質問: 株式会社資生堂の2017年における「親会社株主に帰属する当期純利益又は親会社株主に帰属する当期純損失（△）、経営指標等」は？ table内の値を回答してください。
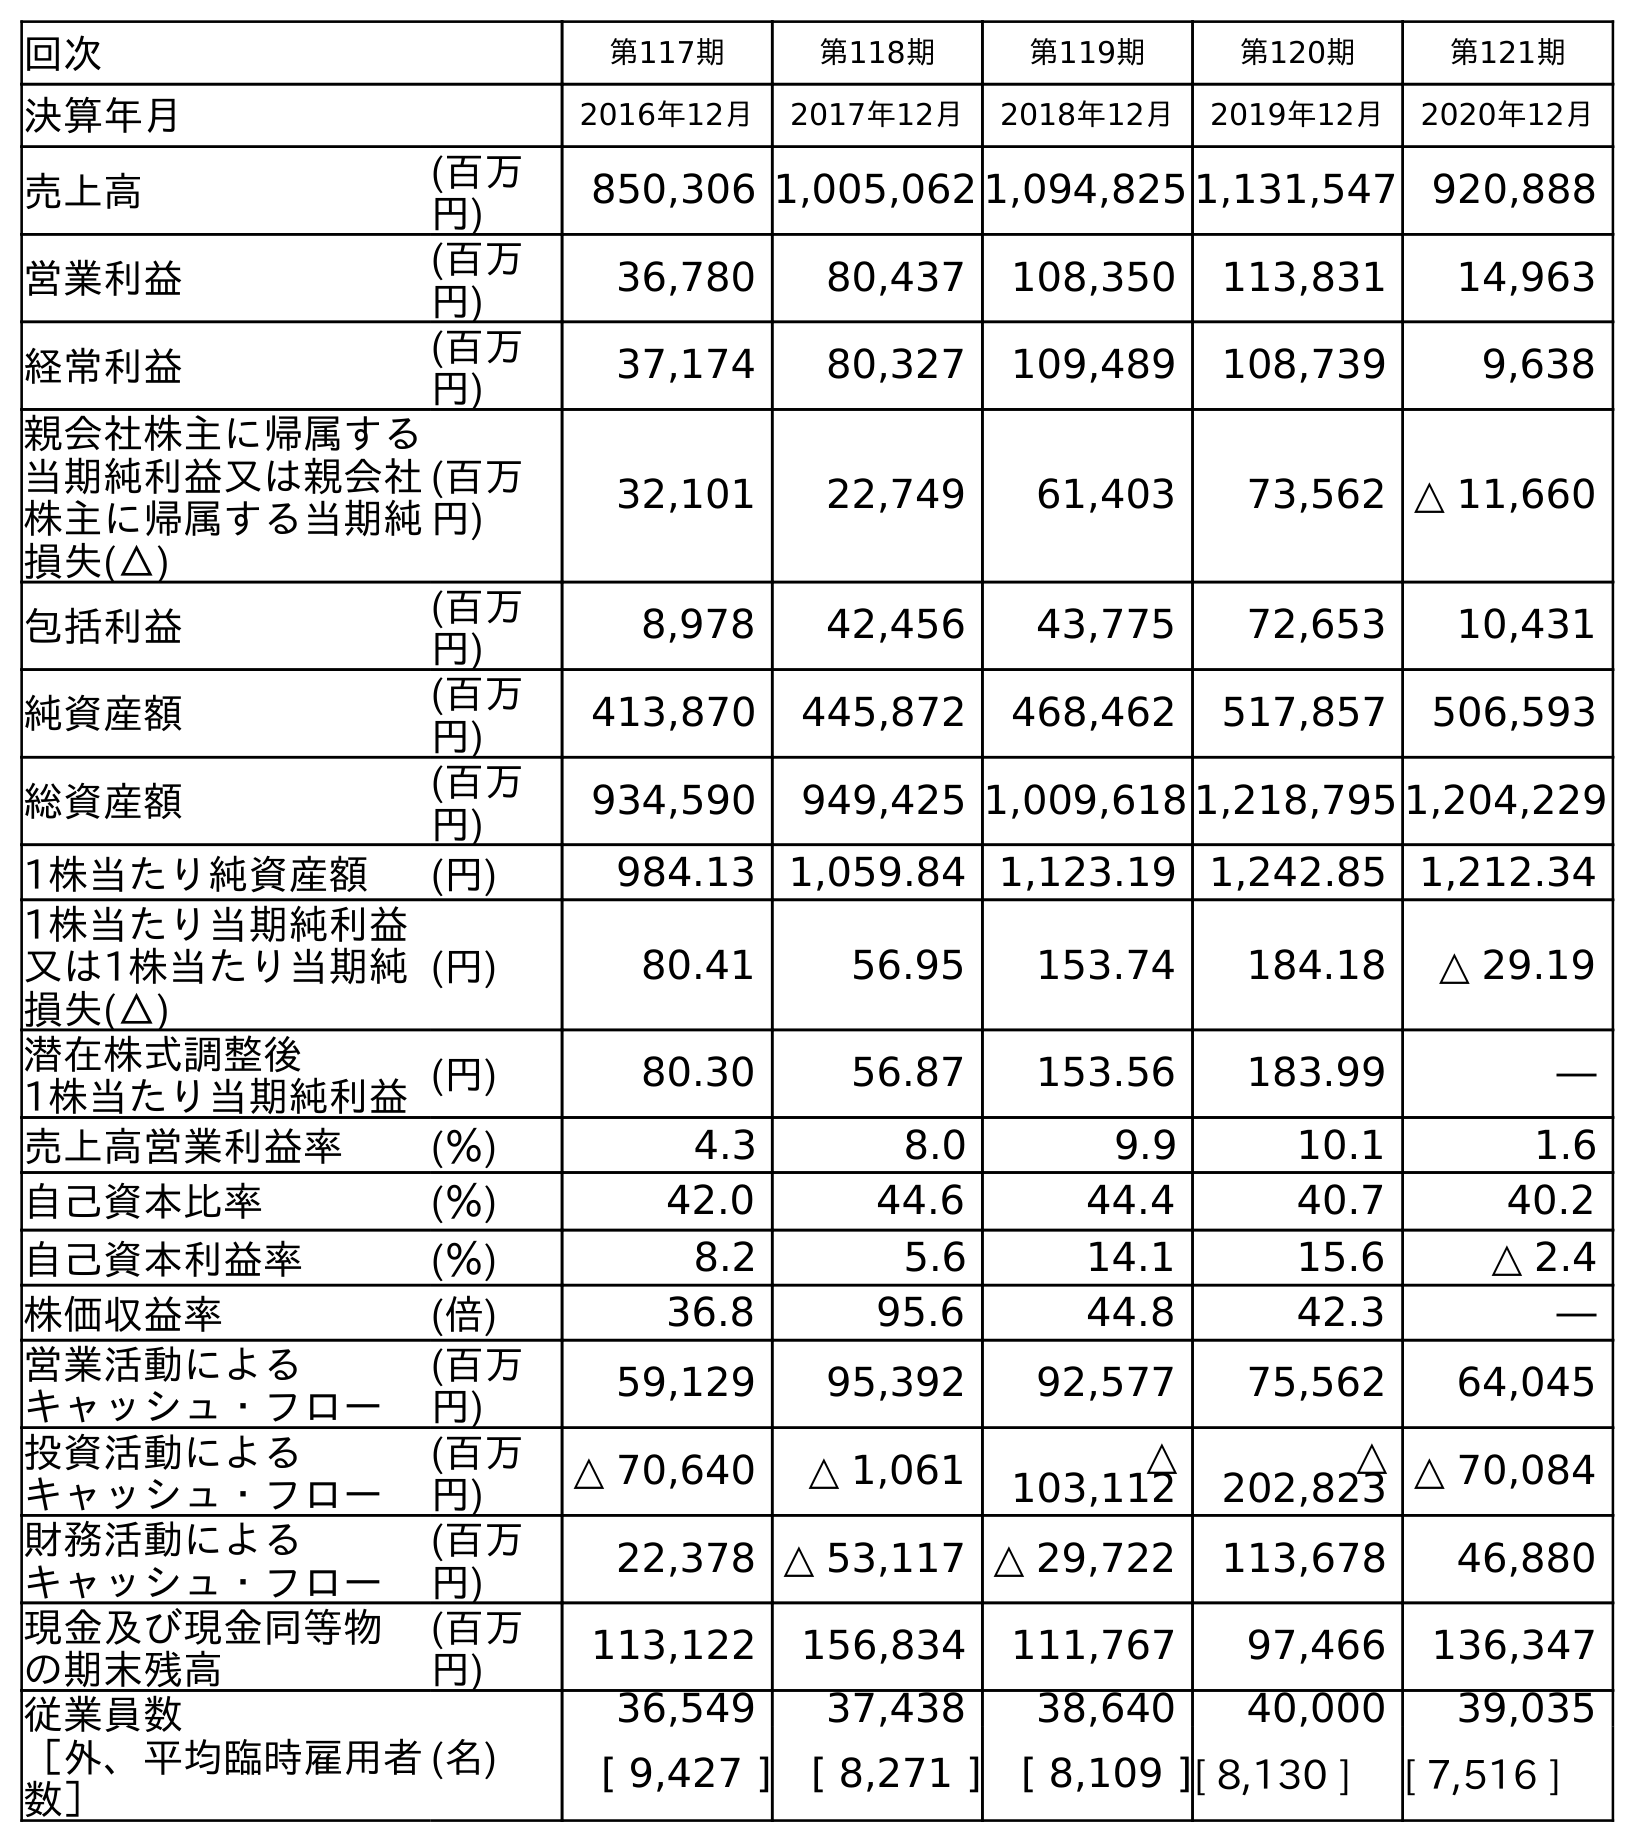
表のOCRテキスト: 回次 第117期 第118期 第119期 第120期 第121期 決算年月 2016年12月 2017年12月 2018年12月 2019年12月 2020年12月 売上高 (百万 円) 850,306 1,005,062 1,094,825 1,131,547 920,888 営業利益 (百万 円) 36,780 80,437 108,350 113,831 14,963 経常利益 (百万 円) 37,174 80,327 109,489 108,739 9,638 親会社株主に帰属する 当期純利益又は親会社 株主に帰属する当期純 損失(△) (百万 円) 32,101 22,749 61,403 73,562 △ 11,660 包括利益 (百万 円) 8,978 42,456 43,775 72,653 10,431 純資産額 (百万 円) 413,870 445,872 468,462 517,857 506,593 総資産額 (百万 円) 934,590 949,425 1,009,618 1,218,795 1,204,229 1株当たり純資産額 (円) 984.13 1,059.84 1,123.19 1,242.85 1,212.34 1株当たり当期純利益 又は1株当たり当期純 損失(△) (円) 80.41 56.95 153.74 184.18 △ 29.19 潜在株式調整後 1株当たり当期純利益(円) 80.30 56.87 153.56 183.99 ― 売上高営業利益率 (％) 4.3 8.0 9.9 10.1 1.6 自己資本比率 (％) 42.0 44.6 44.4 40.7 40.2 自己資本利益率 (％) 8.2 5.6 14.1 15.6 △ 2.4 株価収益率 (倍) 36.8 95.6 44.8 42.3 ― 営業活動による キャッシュ・フロー (百万 円) 59,129 95,392 92,577 75,562 64,045 投資活動による キャッシュ・フロー (百万 円) △ 70,640 △ 1,061 △ 103,112 △ 202,823 △ 70,084 財務活動による キャッシュ・フロー (百万 円) 22,378 △ 53,117 △ 29,722 113,678 46,880 現金及び現金同等物 の期末残高 (百万 円) 113,122 156,834 111,767 97,466 136,347 従業員数 ［外、平均臨時雇用者 数］ (名) 36,549 37,438 38,640 40,000 39,035 [ 9,427 ] [ 8,271 ] [ 8,109 ][ 8,130 ] [ 7,516 ]
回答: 22,749